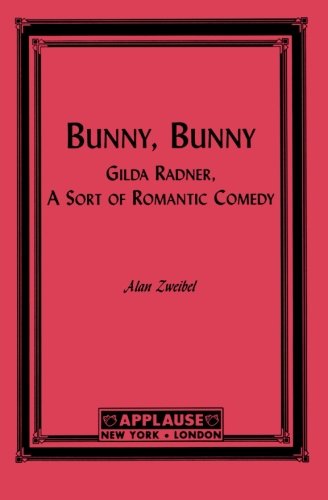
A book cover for Bunny, Bunny: Gilda Radner, A Sort of Romantic Comedy; Alan Zweibel; Romance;